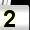
Digit: 2